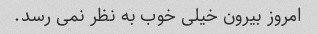
امروز بیرون خیلی خوب به نظر نمی رسد.